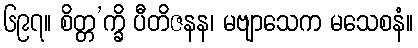
၆၉၇။ စိတ္တ’က္ခိ ပီတိဇနန၊ မဗျာသေက မသေစနံ။